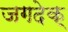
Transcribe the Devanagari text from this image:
जगदेक्